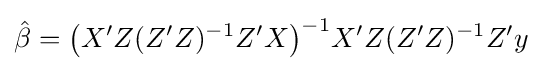
{\hat {\beta }}={\big (}X'Z(Z'Z)^{-1}Z'X{\big )}^{-1}X'Z(Z'Z)^{-1}Z'y